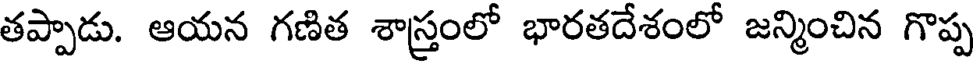
తప్పాడు. ఆయన గణిత శాస్త్రంలో భారతదేశంలో జన్మించిన గొప్ప